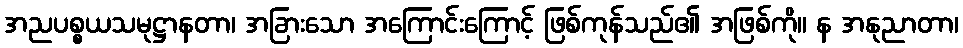
အညပစ္စယသမုဋ္ဌာနတာ၊ အခြားသော အကြောင်းကြောင့် ဖြစ်ကုန်သည်၏ အဖြစ်ကို။ န အနုညာတာ၊